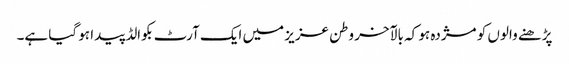
پڑھنے والوں کو مژدہ ہو کہ بالآخر وطن عزیز میں ایک آرٹ بکوالڈ پیدا ہو گیا ہے۔